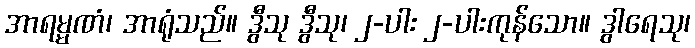
အာရမ္မဏံ၊ အာရုံသည်။ ဒွီသု ဒွီသု၊ ၂-ပါး ၂-ပါးကုန်သော။ ဒွါရေသု၊